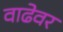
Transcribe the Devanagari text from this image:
वाढेवर